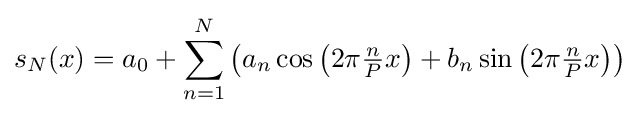
s_{N}(x)=a_{0}+\sum _{n=1}^{N}\left(a_{n}\cos \left(2\pi {\tfrac {n}{P}}x\right)+b_{n}\sin \left(2\pi {\tfrac {n}{P}}x\right)\right)